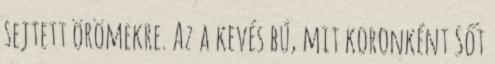
sejtett örömekre. Az a kevés bú, mit koronként Sőt